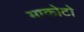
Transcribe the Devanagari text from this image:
माकोटो